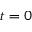
t = 0